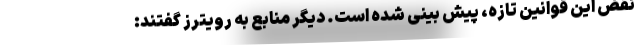
نقض این قوانین تازه، پیش بینی شده است. دیگر منابع به رویترز گفتند: